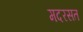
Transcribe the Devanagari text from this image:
मदरसत